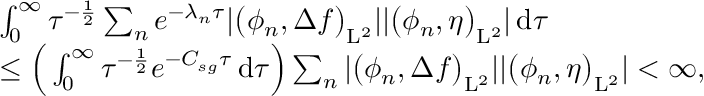
\begin{array} { r l } & { \int _ { 0 } ^ { \infty } \tau ^ { - \frac { 1 } { 2 } } \sum _ { n } e ^ { - \lambda _ { n } \tau } \vert \big ( \phi _ { n } , \Delta f \big ) _ { \mathrm { L } ^ { 2 } } \vert \vert \big ( \phi _ { n } , \eta \big ) _ { \mathrm { L } ^ { 2 } } \vert \, \mathrm { d } \tau } \\ & { \leq \Big ( \int _ { 0 } ^ { \infty } \tau ^ { - \frac { 1 } { 2 } } e ^ { - C _ { s g } \tau } \, \mathrm { d } \tau \Big ) \sum _ { n } \vert \big ( \phi _ { n } , \Delta f \big ) _ { \mathrm { L } ^ { 2 } } \vert \vert \big ( \phi _ { n } , \eta \big ) _ { \mathrm { L } ^ { 2 } } \vert < \infty , } \end{array}